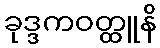
ခုဒ္ဒကဝတ္ထူနိ